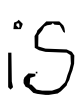
Text: is
Cross-out: clean
Writing tool: digital_black